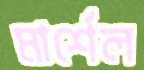
মার্শেল